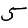
Digit: 5